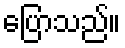
ပြောသည်။